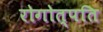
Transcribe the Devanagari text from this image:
रोगोत्पति